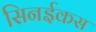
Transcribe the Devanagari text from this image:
सिनईकस